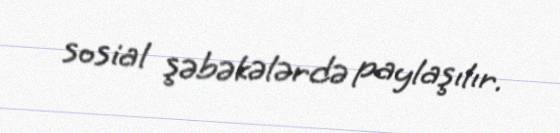
sosial şəbəkələrdə paylaşılır.